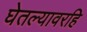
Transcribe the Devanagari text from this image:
घेतल्यावरहि